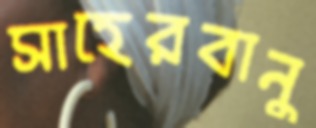
সাহেরবানু